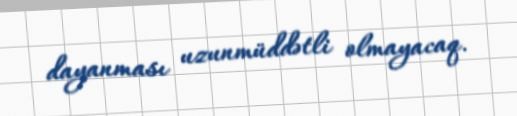
dayanması uzunmüddətli olmayacaq.